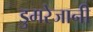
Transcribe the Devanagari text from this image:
डुमरेजानी